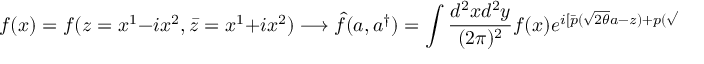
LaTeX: f ( x ) = f ( z = x ^ { 1 } - i x ^ { 2 } , \bar { z } = x ^ { 1 } + i x ^ { 2 } ) \longrightarrow \hat { f } ( a , a ^ { \dagger } ) = \int \frac { d ^ { 2 } x d ^ { 2 } y } { ( 2 \pi ) ^ { 2 } } f ( x ) e ^ { i [ \bar { p } ( \sqrt { 2 \theta } a - z ) + p ( \sqrt { 2 \theta } a ^ { \dagger } - \bar { z } ) ] } ,